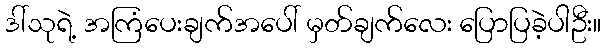
ဒါ်သုရဲ့ အကြံပေးချက်အပေါ် မှတ်ချက်လေး ပြောပြခဲ့ပါဦး။